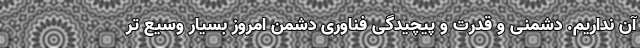
آن نداریم. دشمنی و قدرت و پیچیدگی فناوری دشمن امروز بسیار وسیع تر